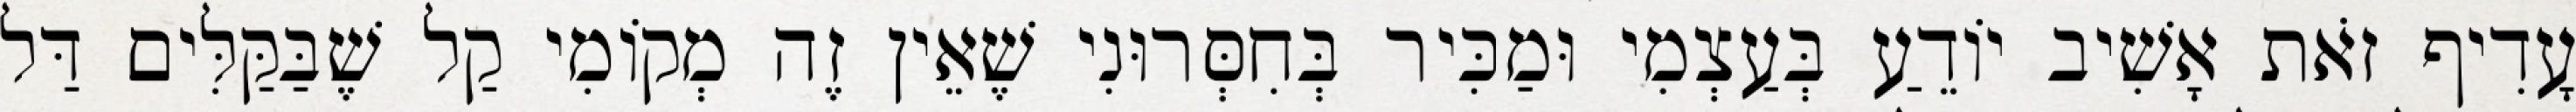
עָדִיף זֹאת אָשִׁיב יוֹדֵעַ בְּעַצְמִי וּמַכִּיר בְּחִסְּרוּנִי שֶׁאֵין זֶה מְקוֹמִי קַל שֶׁבַּקַּלִּים דַּל